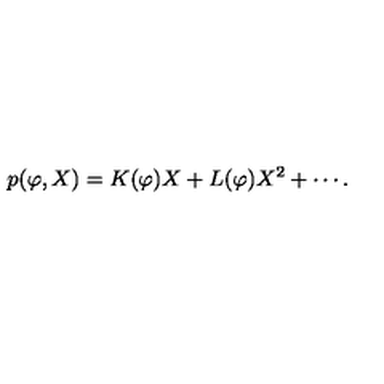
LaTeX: p ( \varphi , X ) = K ( \varphi ) X + L ( \varphi ) X ^ { 2 } + \cdots .